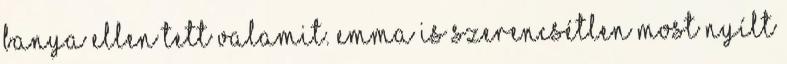
banya ellen tett valamit. Emma is szerencsétlen most nyílt